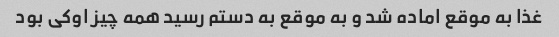
غذا به موقع اماده شد و به موقع به دستم رسید همه چیز اوکی بود